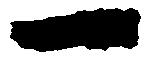
一